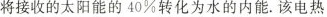
将接收的太阳能的40\%转化为水的内能.该电热